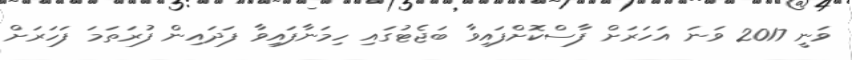
ވަނީ 2017 ވަނަ އަހަރަށް ފާސްކޮށްފައިވާ ބަޖެޓުގައި ހިމަނާފައިވާ ފަދައިން ފުރަތަމަ ފަހަރަށް